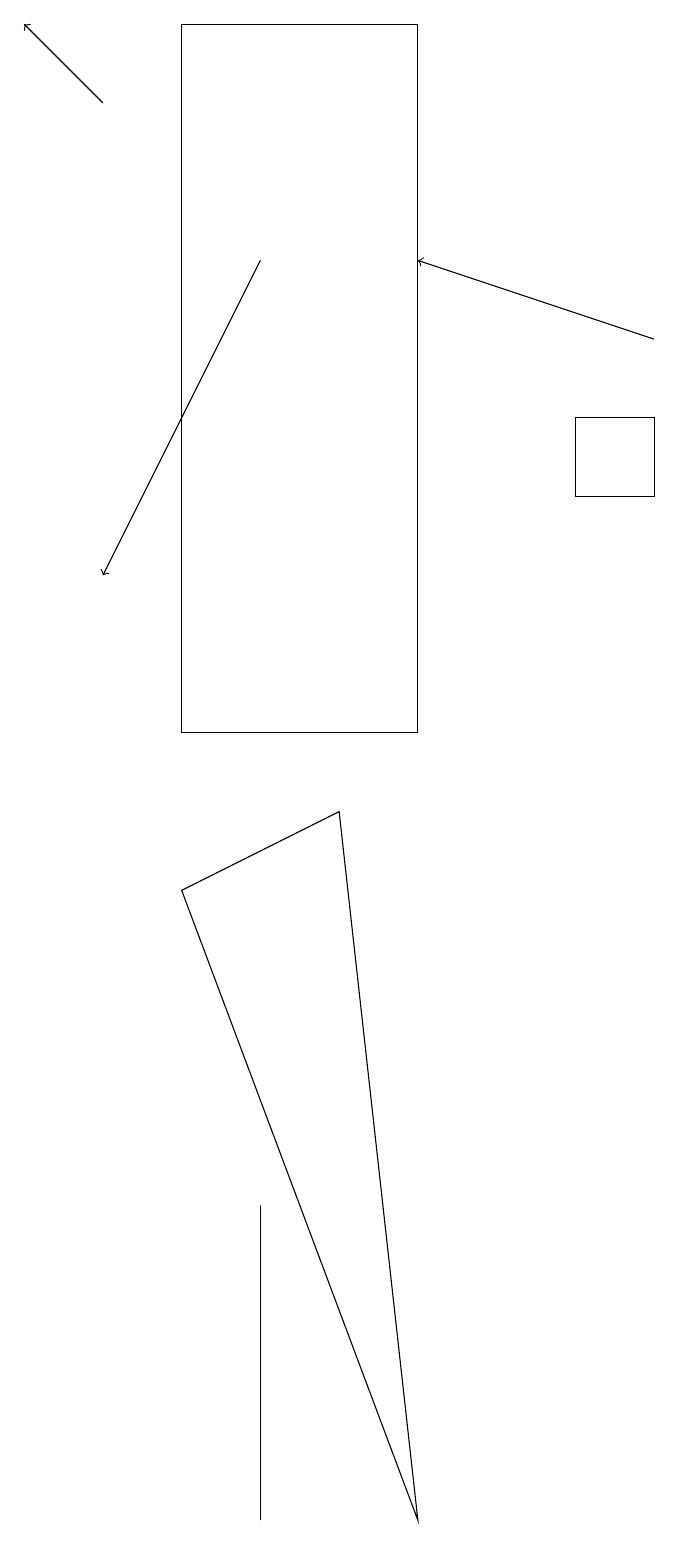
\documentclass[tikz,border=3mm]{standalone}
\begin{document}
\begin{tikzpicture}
\draw (8,14) rectangle (7,13);
\draw (3,4) -- (3,0) -- (3,2) -- cycle;
\draw[->] (3,16) -- (1,12);
\draw (4,9) -- (2,8) -- (5,0) -- cycle;
\draw[->] (8,15) -- (5,16);
\draw[->] (1,18) -- (0,19);
\draw (2,10) rectangle (5,19);
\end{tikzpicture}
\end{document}